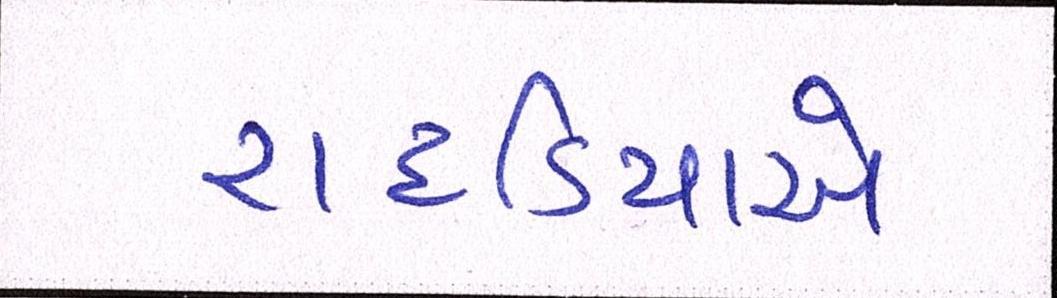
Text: રાદડિયાએ